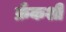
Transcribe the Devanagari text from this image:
फ्रँकशी